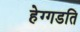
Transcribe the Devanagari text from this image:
हेग्गडति